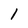
Character: I